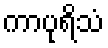
ကာပုရိသံ